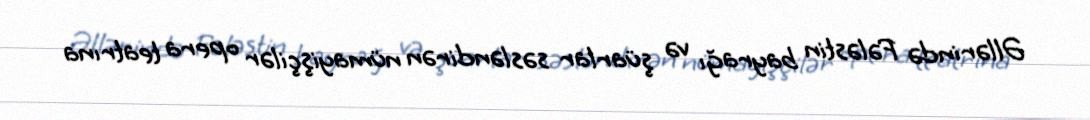
Əllərində Fələstin bayrağı və şüarlar səsləndirən nümayişçilər opera teatrına